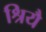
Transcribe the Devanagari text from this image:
श्रियै